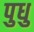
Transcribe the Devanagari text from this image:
पुधु